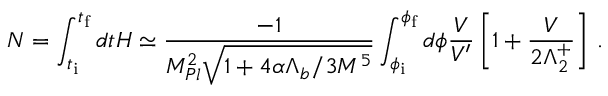
N = \int _ { t _ { \mathrm { i } } } ^ { t _ { \mathrm { f } } } d t H \simeq \frac { - 1 } { M _ { P l } ^ { 2 } \sqrt { 1 + 4 \alpha \Lambda _ { b } / 3 M ^ { 5 } } } \int _ { \phi _ { \mathrm { i } } } ^ { \phi _ { \mathrm { f } } } d \phi { \frac { V } { V ^ { \prime } } } \left[ 1 + { \frac { V } { 2 \Lambda _ { 2 } ^ { + } } } \right] \, .